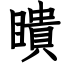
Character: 瞶